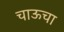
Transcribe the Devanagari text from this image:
चाऊचा